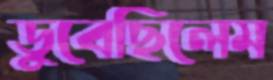
ডুবেছিলেম